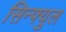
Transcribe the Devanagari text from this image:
सिन्फ्युल